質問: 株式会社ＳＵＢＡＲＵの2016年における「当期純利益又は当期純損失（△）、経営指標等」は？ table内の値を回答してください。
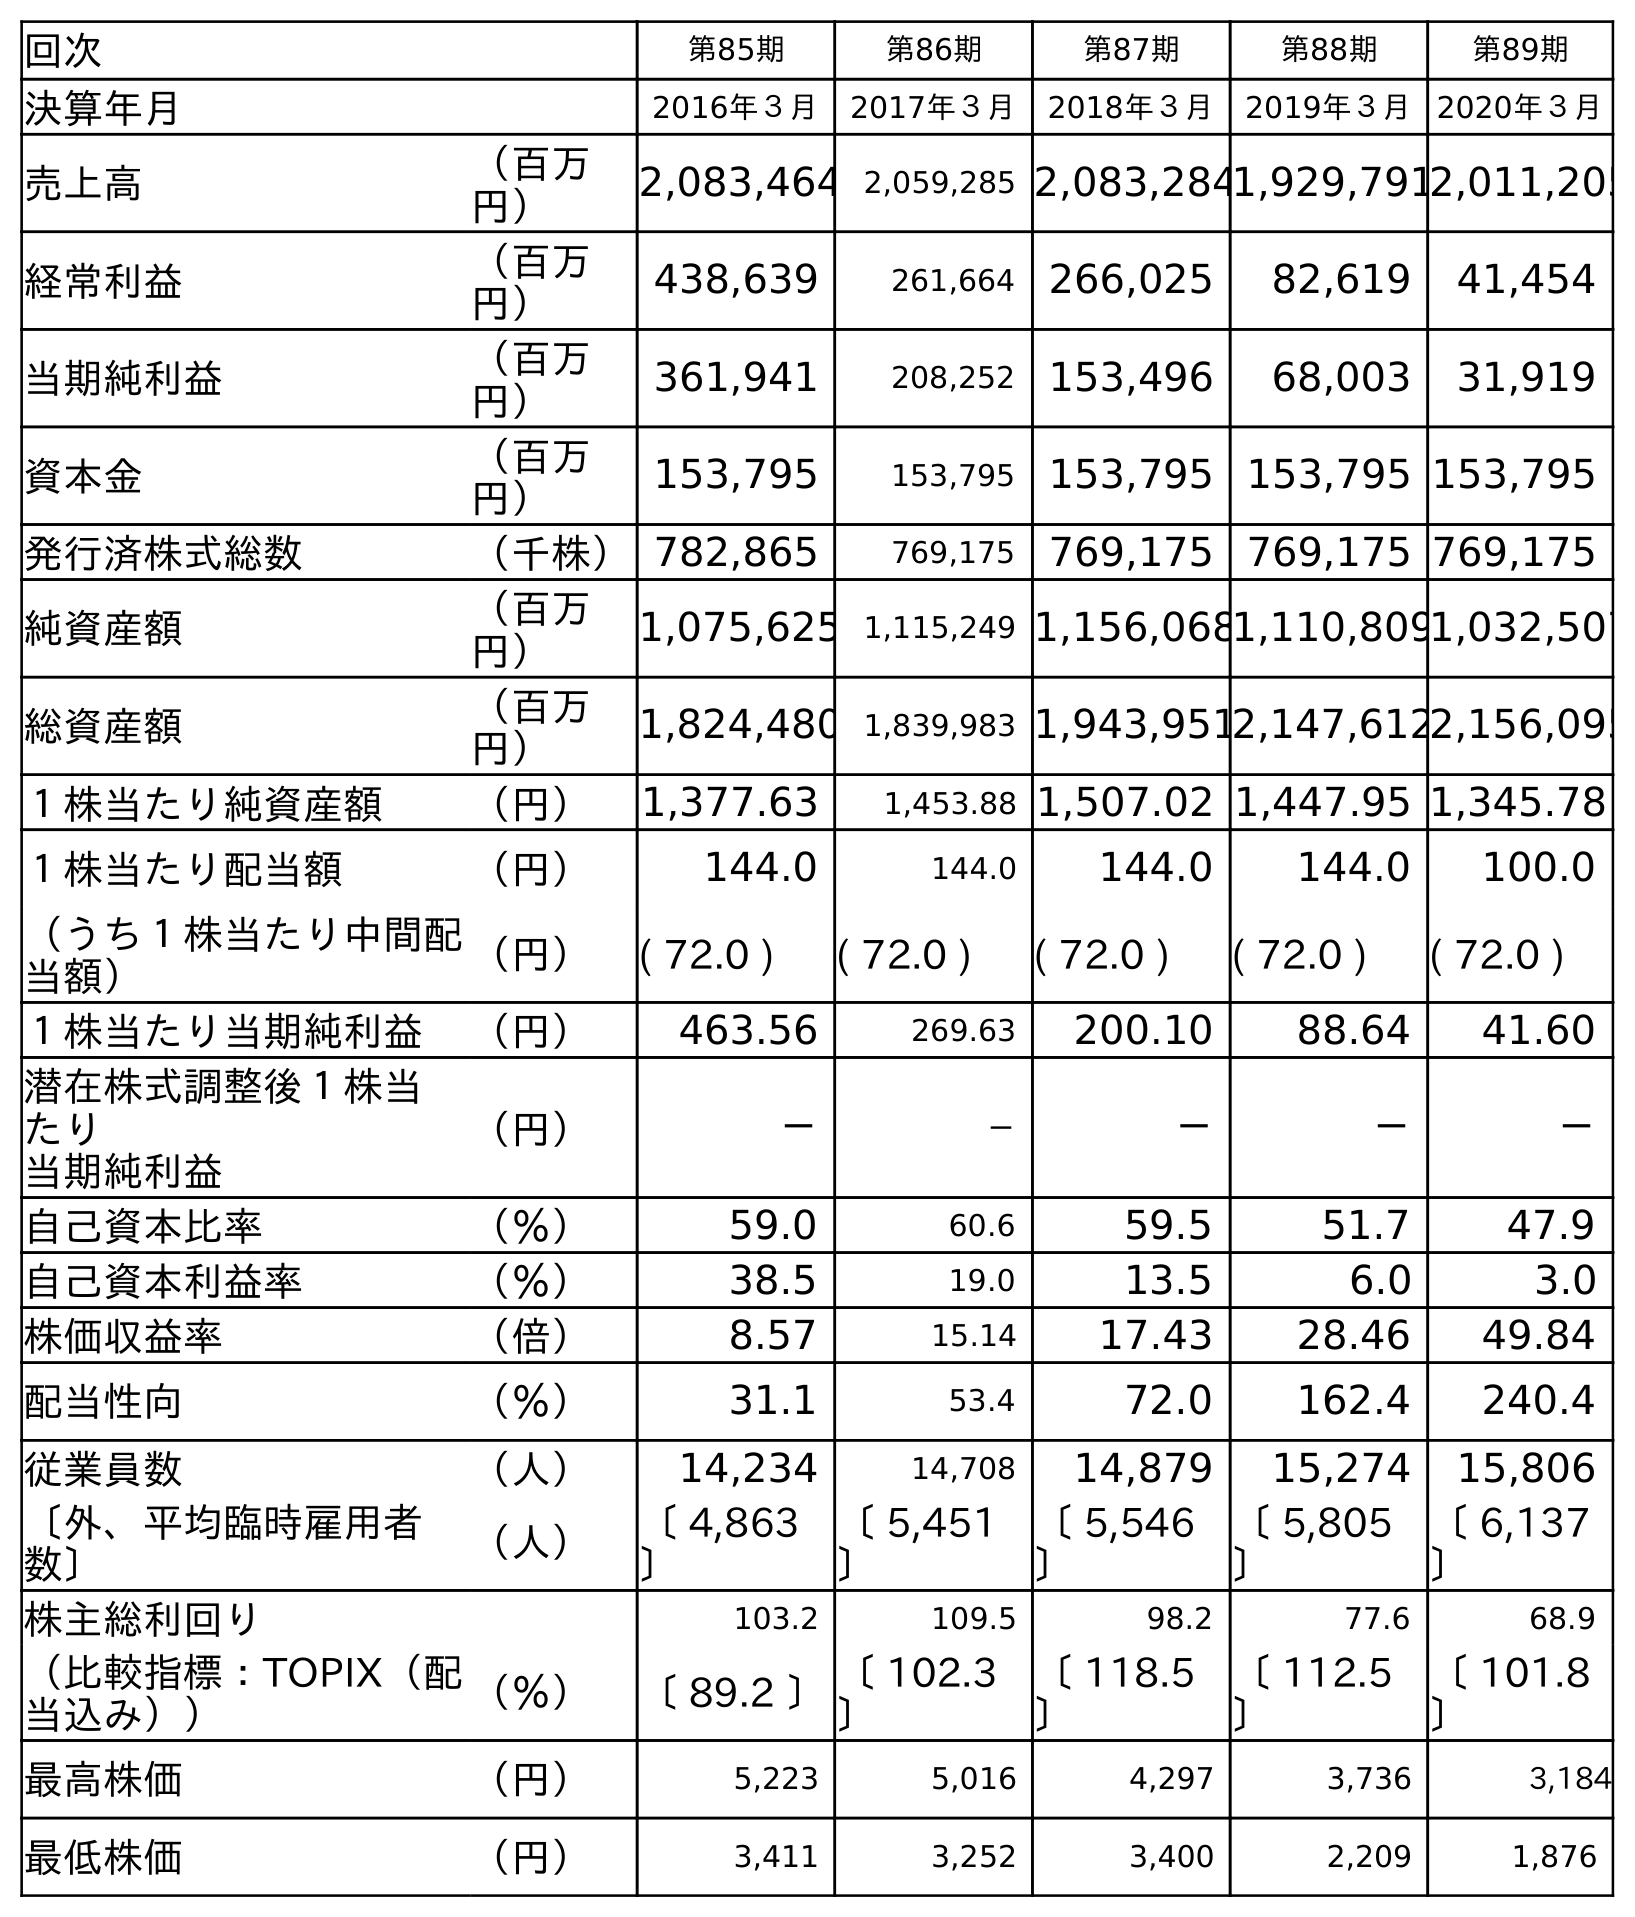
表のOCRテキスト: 回次 第85期 第86期 第87期 第88期 第89期 決算年月 2016年３月 2017年３月 2018年３月 2019年３月 2020年３月 売上高 （百万 円） 2,083,464 2,059,285 2,083,2841,929,7912,011,205 経常利益 （百万 円） 438,639 261,664 266,025 82,619 41,454 当期純利益 （百万 円） 361,941 208,252 153,496 68,003 31,919 資本金 （百万 円） 153,795 153,795 153,795 153,795 153,795 発行済株式総数 （千株）782,865 769,175 769,175 769,175 769,175 純資産額 （百万 円） 1,075,625 1,115,249 1,156,0681,110,8091,032,507 総資産額 （百万 円） 1,824,480 1,839,983 1,943,9512,147,6122,156,095 １株当たり純資産額 （円） 1,377.63 1,453.88 1,507.02 1,447.95 1,345.78 １株当たり配当額 （円） 144.0 144.0 144.0 144.0 100.0 （うち１株当たり中間配 当額） （円） ( 72.0 ) ( 72.0 ) ( 72.0 ) ( 72.0 ) ( 72.0 ) １株当たり当期純利益 （円） 463.56 269.63 200.10 88.64 41.60 潜在株式調整後１株当 たり 当期純利益 （円） － － － － － 自己資本比率 （％） 59.0 60.6 59.5 51.7 47.9 自己資本利益率 （％） 38.5 19.0 13.5 6.0 3.0 株価収益率 （倍） 8.57 15.14 17.43 28.46 49.84 配当性向 （％） 31.1 53.4 72.0 162.4 240.4 従業員数 （人） 14,234 14,708 14,879 15,274 15,806 〔外、平均臨時雇用者 数〕 （人） 〔 4,863 〕 〔 5,451 〕 〔 5,546 〕 〔 5,805 〕 〔 6,137 〕 株主総利回り 103.2 109.5 98.2 77.6 68.9 （比較指標：TOPIX（配 当込み）） （％） 〔 89.2 〕〔 102.3 〕 〔 118.5 〕 〔 112.5 〕 〔 101.8 〕 最高株価 （円） 5,223 5,016 4,297 3,736 3,184 最低株価 （円） 3,411 3,252 3,400 2,209 1,876
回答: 361,941